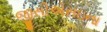
જીસીએસઇના